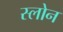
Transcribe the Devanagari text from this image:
स्‍लोन